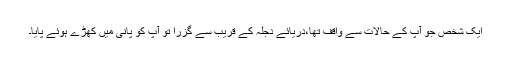
ایک شخص جو آپ کے حالات سے واقف تھا،دریائے دجلہ کے قریب سے گزرا تو آپ کو پانی میں کھڑے ہوئے پایا۔